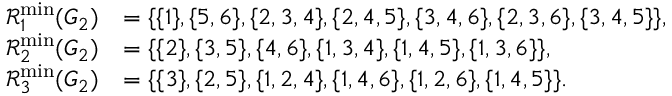
\begin{array} { r l } { \mathcal { R } _ { 1 } ^ { \operatorname* { m i n } } ( G _ { 2 } ) } & { = \{ \{ 1 \} , \{ 5 , 6 \} , \{ 2 , 3 , 4 \} , \{ 2 , 4 , 5 \} , \{ 3 , 4 , 6 \} , \{ 2 , 3 , 6 \} , \{ 3 , 4 , 5 \} \} , } \\ { \mathcal { R } _ { 2 } ^ { \operatorname* { m i n } } ( G _ { 2 } ) } & { = \{ \{ 2 \} , \{ 3 , 5 \} , \{ 4 , 6 \} , \{ 1 , 3 , 4 \} , \{ 1 , 4 , 5 \} , \{ 1 , 3 , 6 \} \} , } \\ { \mathcal { R } _ { 3 } ^ { \operatorname* { m i n } } ( G _ { 2 } ) } & { = \{ \{ 3 \} , \{ 2 , 5 \} , \{ 1 , 2 , 4 \} , \{ 1 , 4 , 6 \} , \{ 1 , 2 , 6 \} , \{ 1 , 4 , 5 \} \} . } \end{array}